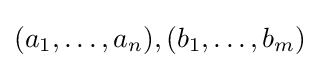
(a_{1},\dots ,a_{n}),(b_{1},\dots ,b_{m})